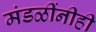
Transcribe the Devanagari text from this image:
मंडळींनीही